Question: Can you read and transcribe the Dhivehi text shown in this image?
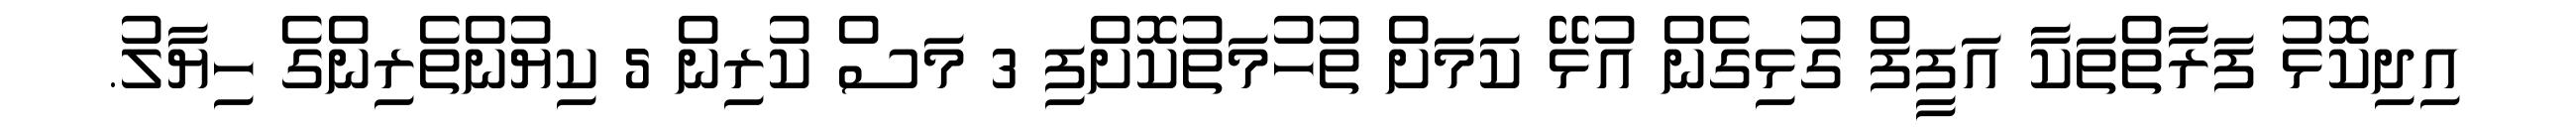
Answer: އިދިކޮޅު ފަރާތްތަކާ އަފީފް ގުޅިގެން އުޅޭ ކަމަށް ތުހުމަތުކޮށްފި 3 މަސް ކުރިން 5 ކިޔުންތެރިންގެ ހިޔާލު.